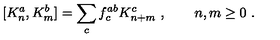
[ K _ { n } ^ { a } , K _ { m } ^ { b } ] = \sum _ { c } f _ { c } ^ { a b } K _ { n + m } ^ { c } \ , \qquad n , m \ge 0 \ .